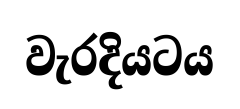
වැරදියටය